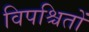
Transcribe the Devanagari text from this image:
विपश्चितों